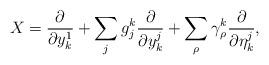
LaTeX: \begin{align*}X = \frac {\partial} {\partial y^1_k} + \sum_j g^k_j \frac {\partial} {\partial y^j_k} + \sum_\rho \gamma^k_\rho \frac {\partial} {\partial \eta^j_k},\end{align*}